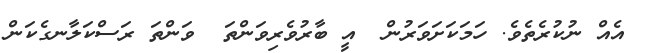
އެއް ނުކުރެތެވެ. ހަމަކަށަވަރުން  އީ ބާރުވެރިވަންތަ  ވަންތަ ރަސްކަލާނގެކަން